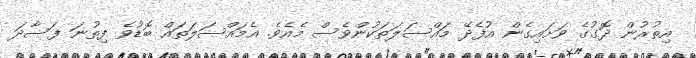
އިތުރުން ދޮގުގެ ވަށައިގެން އުފެދޭ މައްސަލަތަކުންވެސް މެއެވެ. އެމައްސަލަތައް ބޮޑުވެ ފިތުނަ ފަސާދަ